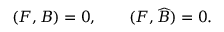
( F , B ) = 0 , \qquad ( F , \widehat { B } ) = 0 .